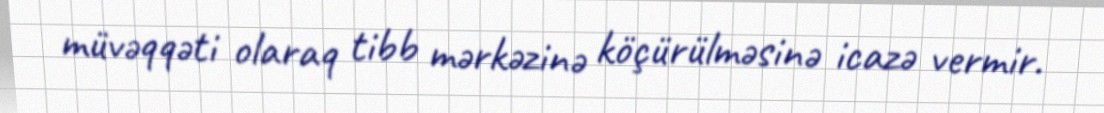
müvəqqəti olaraq tibb mərkəzinə köçürülməsinə icazə vermir.